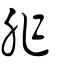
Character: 胙